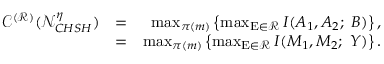
\begin{array} { r l r } { \mathscr { C } ^ { ( \mathcal { R } ) } ( \mathcal { N } _ { C H S H } ^ { \eta } ) } & { = } & { \operatorname* { m a x } _ { \pi ( m ) } \left\{ \operatorname* { m a x } _ { \mathrm { E } \in \mathcal { R } } I ( A _ { 1 } , A _ { 2 } ; ~ B ) \right\} , } \\ & { = } & { \operatorname* { m a x } _ { \pi ( m ) } \left\{ \operatorname* { m a x } _ { \mathrm { E } \in \mathcal { R } } I ( M _ { 1 } , M _ { 2 } ; ~ Y ) \right\} . } \end{array}